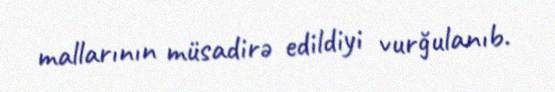
mallarının müsadirə edildiyi vurğulanıb.